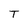
Character: T